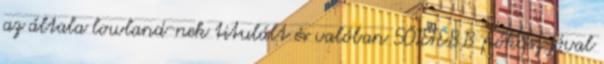
az általa lowland-nek titulált és valóban SÖTÉTEBB pókusz jóval